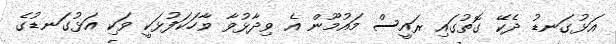
އަޅުގަނޑު ދެކޭ ގޮތުގައި ރައީސް މައުމޫން އެ ވިދާޅުވާ ވާހަކަފުޅަކީ ވަކި އަޅުގަނޑުގެ